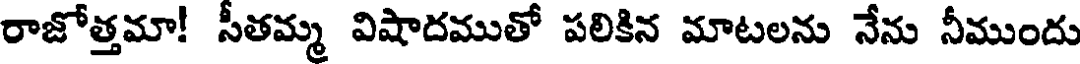
రాజోత్తమా! సీతమ్మ విషాదముతో పలికిన మాటలను నేను నీముందు